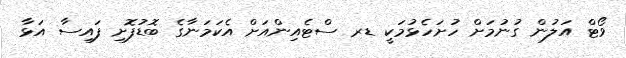
ވޯޓް އަލުން ގުނުމަށް ހުށަހެޅުމަކީ ޑރ ސްޓެއިންއަށް އެކަމަނާގެ ބޮޑުފޮށި ފައިސާ އަޅާ